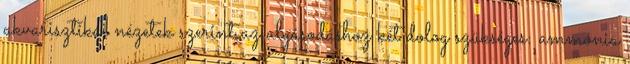
akvarisztikai nézetek szerint az algásodáshoz két dolog szükséges: ammónia